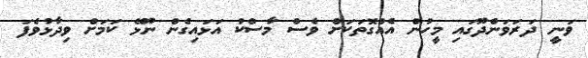
ވަނީ ދަރަވަންދޫގައި މީހުން އެއްގޮތަކަށް ވެސް މާސްކު އަޅައިގެން ނޫޅޭ ކަމަށް ވިދާޅުވެފަ